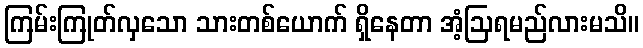
ကြမ်းကြုတ်လှသော သားတစ်ယောက် ရှိနေတာ အံ့ဩရမည်လားမသိ။